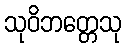
သုဝိဘတ္တေသု